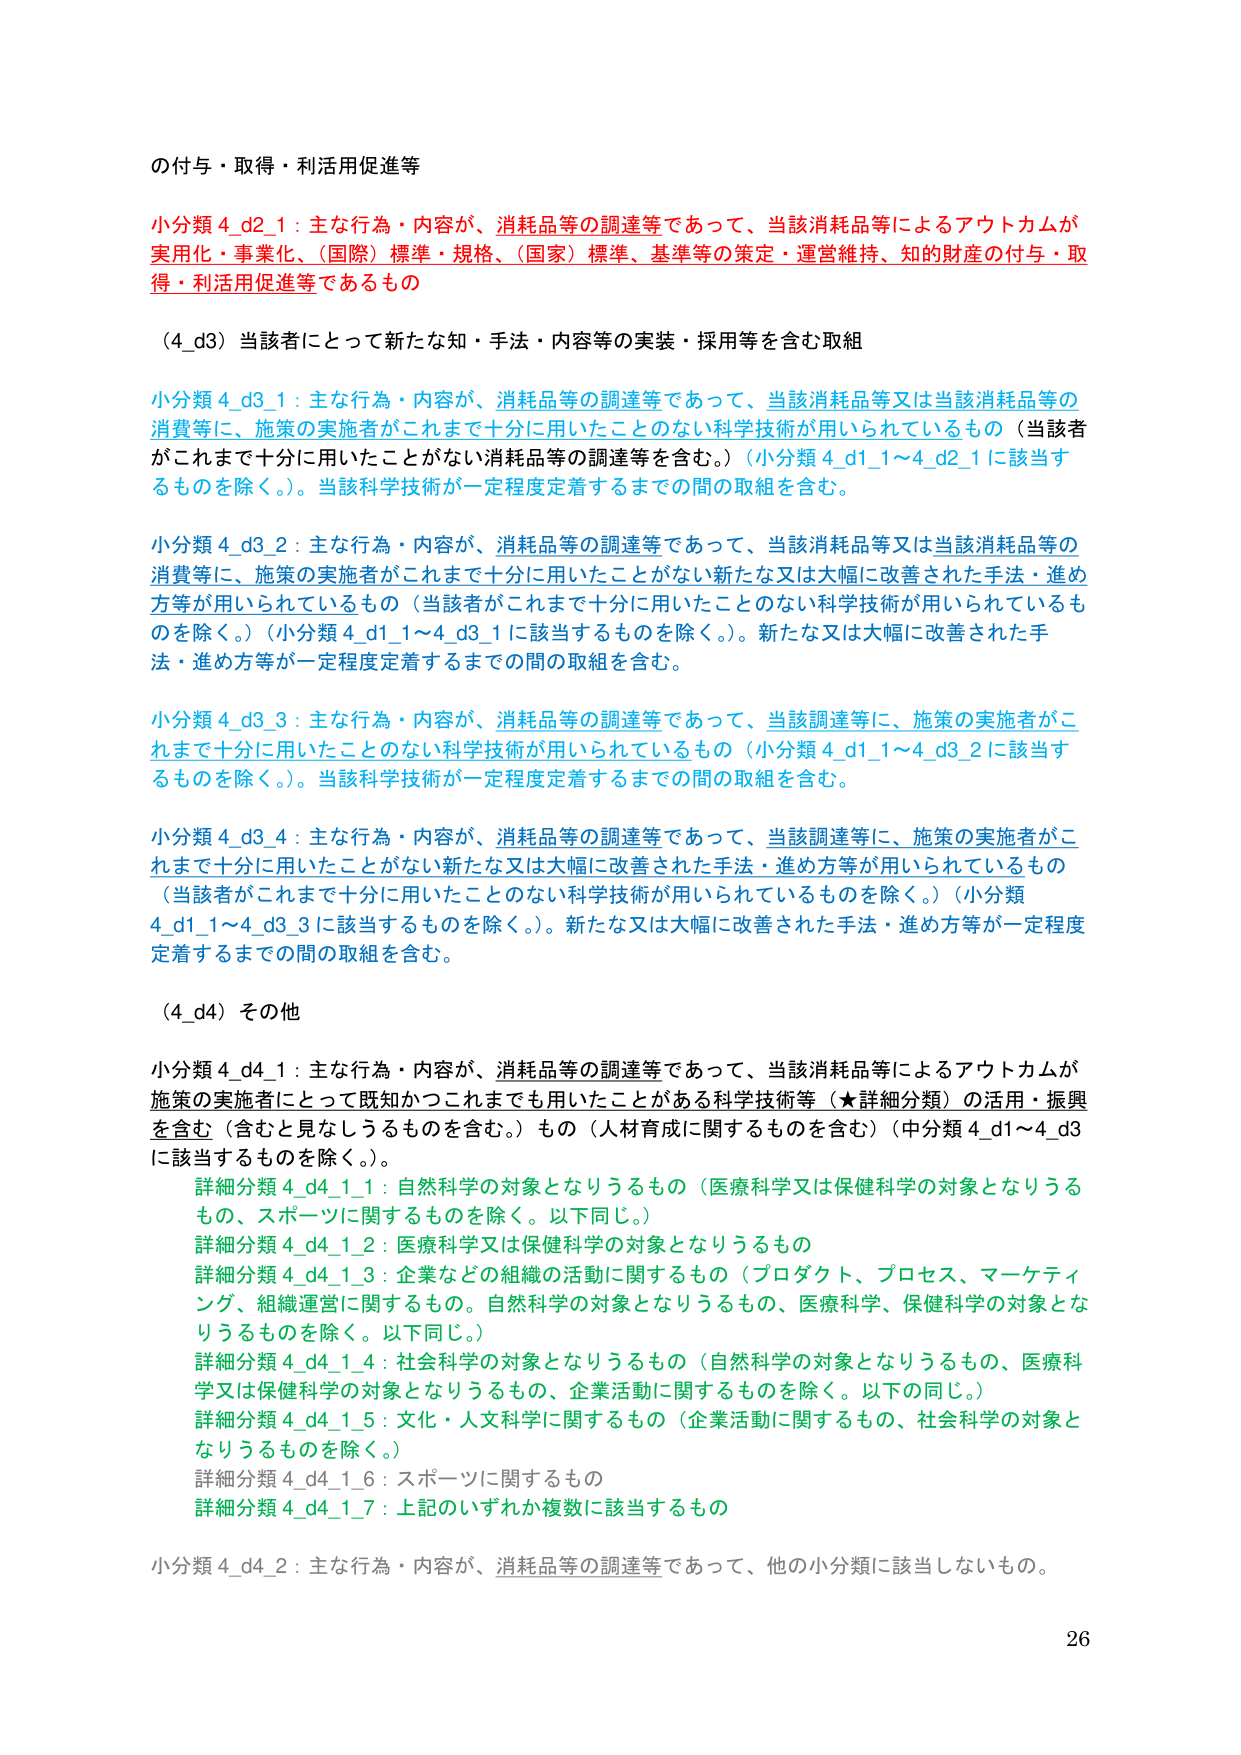
の付与・取得・利活用促進等

小分類 4_d2_1：主な行為・内容が、消耗品等の調達等であって、当該消耗品等によるアウトカムが実用化・事業化、（国際）標準・規格、（国家）標準、基準等の策定・運営維持、知的財産の付与・取得・利活用促進等であるもの

（4_d3）当該者にとって新たな知・手法・内容等の実装・採用等を含む取組

小分類 4_d3_1：主な行為・内容が、消耗品等の調達等であって、当該消耗品等又は当該消耗品等の消費等に、施策の実施者がこれまで十分に用いたことのない科学技術が用いられているもの（当該者がこれまで十分に用いたことがない消耗品等の調達等を含む。）（小分類 4_d1_1～4_d2_1に該当するものを除く。）。当該科学技術が一定程度定着するまでの間の取組を含む。

小分類 4_d3_2：主な行為・内容が、消耗品等の調達等であって、当該消耗品等又は当該消耗品等の消費等に、施策の実施者がこれまで十分に用いたことがない新たな又は大幅に改善された手法・進め方等が用いられているもの（当該者がこれまで十分に用いたことのない科学技術が用いられているものを除く。）（小分類 4_d1_1～4_d3_1に該当するものを除く。）。新たな又は大幅に改善された手法・進め方等が一定程度定着するまでの間の取組を含む。

小分類 4_d3_3：主な行為・内容が、消耗品等の調達等であって、当該調達等に、施策の実施者がこれまで十分に用いたことのない科学技術が用いられているもの（小分類 4_d1_1～4_d3_2に該当するものを除く。）。当該科学技術が一定程度定着するまでの間の取組を含む。

小分類 4_d3_4：主な行為・内容が、消耗品等の調達等であって、当該調達等に、施策の実施者がこれまで十分に用いたことがない新たな又は大幅に改善された手法・進め方等が用いられているもの（当該者がこれまで十分に用いたことのない科学技術が用いられているものを除く。）（小分類 4_d1_1～4_d3_3に該当するものを除く。）。新たな又は大幅に改善された手法・進め方等が一定程度定着するまでの間の取組を含む。

（4_d4）その他

小分類 4_d4_1：主な行為・内容が、消耗品等の調達等であって、当該消耗品等によるアウトカムが施策の実施者にとって既知かつこれまでも用いたことがある科学技術等（★詳細分類）の活用・振興を含む（含むと見なしうるものを含む。）もの（人材育成に関するものを含む）（中分類 4_d1～4_d3に該当するものを除く。）。
　　詳細分類 4_d4_1_1：自然科学の対象となりうるもの（医療科学又は保健科学の対象となりうるもの、スポーツに関するものを除く。以下同じ。）
　　詳細分類 4_d4_1_2：医療科学又は保健科学の対象となりうるもの
　　詳細分類 4_d4_1_3：企業などの組織の活動に関するもの（プロダクト、プロセス、マーケティング、組織運営に関するもの。自然科学の対象となりうるもの、医療科学、保健科学の対象となりうるものを除く。以下同じ。）
　　詳細分類 4_d4_1_4：社会科学の対象となりうるもの（自然科学の対象となりうるもの、医療科学又は保健科学の対象となりうるもの、企業活動に関するものを除く。以下の同じ。）
　　詳細分類 4_d4_1_5：文化・人文科学に関するもの（企業活動に関するもの、社会科学の対象となりうるものを除く。）
　　詳細分類 4_d4_1_6：スポーツに関するもの
　　詳細分類 4_d4_1_7：上記のいずれか複数に該当するもの

小分類 4_d4_2：主な行為・内容が、消耗品等の調達等であって、他の小分類に該当しないもの。

26